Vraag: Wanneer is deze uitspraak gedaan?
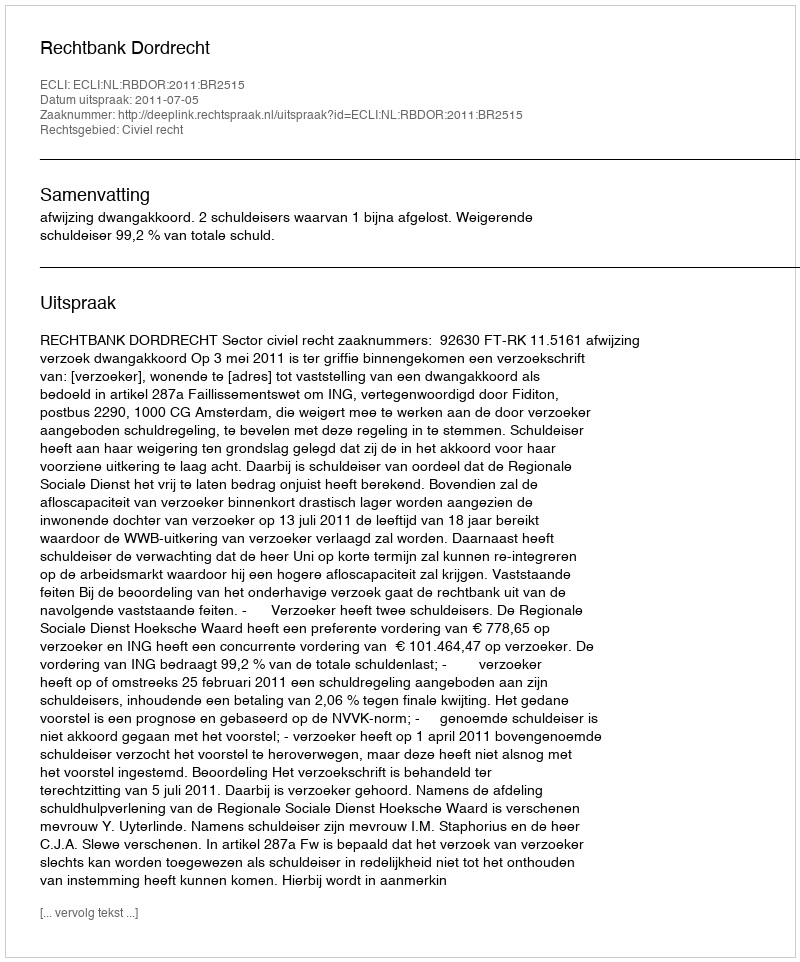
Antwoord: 2011-07-05